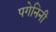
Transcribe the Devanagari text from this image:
पगेनिनी